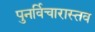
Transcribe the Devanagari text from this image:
पुनर्विचारास्तव